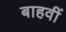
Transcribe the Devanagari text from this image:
बाहवीं